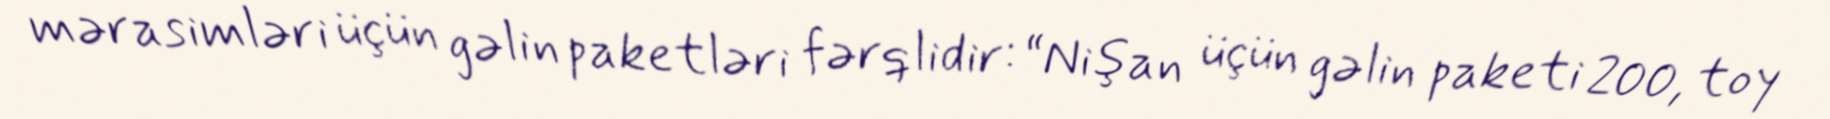
mərasimləri üçün gəlin paketləri fərqlidir: “Nişan üçün gəlin paketi 200, toy